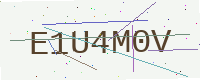
Text: E1U4M0V